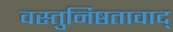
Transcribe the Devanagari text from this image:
वस्तुनिष्ठतावाद्